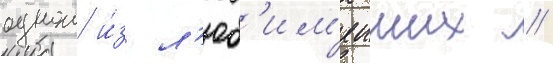
однои и́з л'юб'им'еиших //